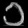
Digit: ၁